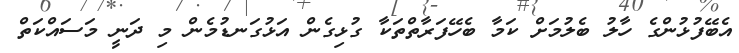
އެބޭފުޅުންގެ ހާލު ބެލުމަށް ކަމާ ބެހޭފަރާތްތަކާ ގުޅިގެން އަޅުގަނޑުމެން މި ދަނީ މަސައްކަތް